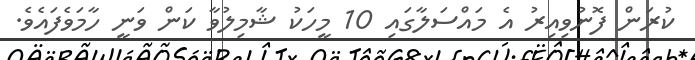
ކުރަން ފޮނުވިއިރު އެ މައްސަލާގައި 10 މީހަކު ޝާމިލުވާ ކަން ވަނީ ހާމަވެފައެވެ.